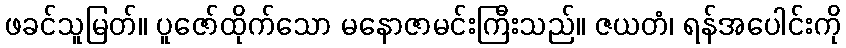
ဖခင်သူမြတ်။ ပူဇော်ထိုက်သော မနောဇာမင်းကြီးသည်။ ဇယတံ၊ ရန်အပေါင်းကို